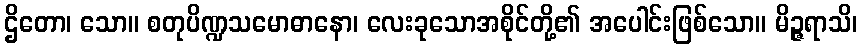
ဌိတော၊ သော။ စတုပိဏ္ဍသမောဓာနော၊ လေးခုသောအစိုင်တို့၏ အပေါင်းဖြစ်သော။ မိဉ္ဇရာသိ၊